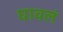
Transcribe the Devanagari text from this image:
घावलं